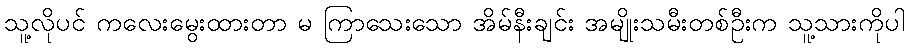
သူ့လိုပင် ကလေးမွေးထားတာ မ ကြာသေးသော အိမ်နီးချင်း အမျိုးသမီးတစ်ဦးက သူ့သားကိုပါ